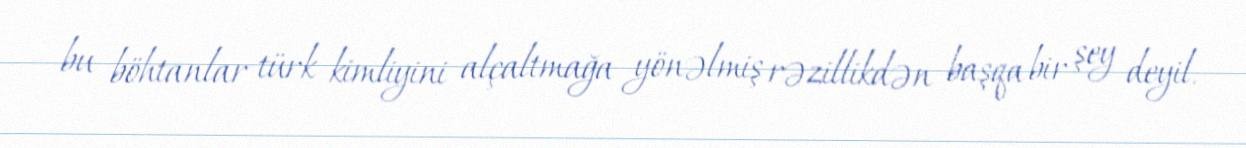
bu böhtanlar türk kimliyini alçaltmağa yönəlmiş rəzillikdən başqa bir şey deyil.